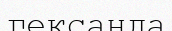
гександа